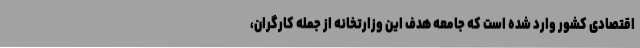
اقتصادی کشور وارد شده است که جامعه هدف این وزارتخانه از جمله کارگران،